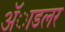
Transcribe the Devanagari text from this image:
ॲाडलर